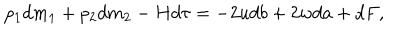
p _ { 1 } d m _ { 1 } + p _ { 2 } d m _ { 2 } - H d \tau = - 2 u d b + 2 w d a + d F ,